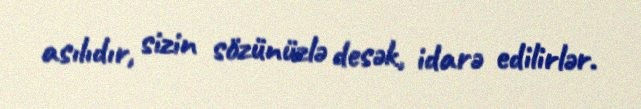
asılıdır, sizin sözünüzlə desək, idarə edilirlər.